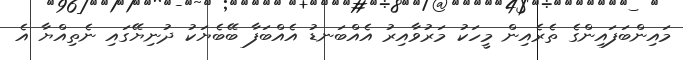
މައިންބަފައިންގެ ތެރެއިން މީހަކު މަރުވާއިރު އެއްބަނޑު އެއްބަފާ ބޭބެޔަކު ދުނިޔޭގައި ނެތިއްޔާ އެ